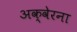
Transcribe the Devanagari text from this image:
अक्वेरना